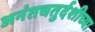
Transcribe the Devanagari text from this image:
अनंतचतुर्दशीच्या